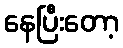
နေပြီးတော့